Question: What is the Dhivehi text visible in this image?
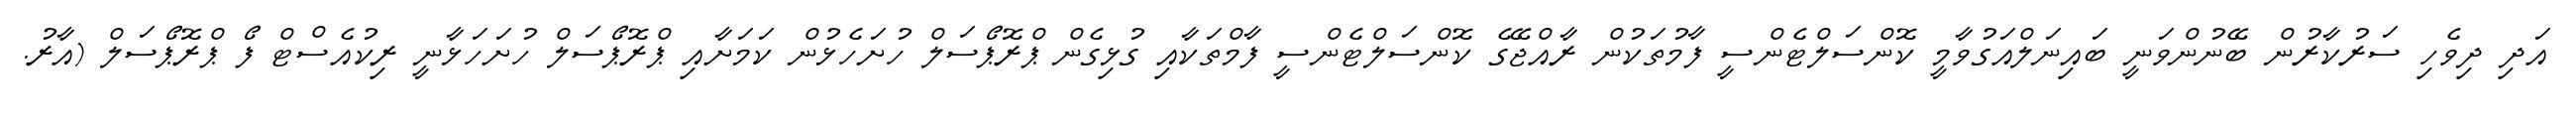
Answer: އަދި ދިވެހި ސަރުކާރުން ބޭނުންވަނީ ބައިނަލްއަގުވާމީ ކޮންސަލްޓެންސީ ފާމުތަކުން ރާއްޖޭގެ ކޮންސަލްޓެންސީ ފާމްތަކާއި ގުޅިގެން ޕްރޮޕޯސަލް ހުށަހެޅުން ކަމަށާއި ޕްރޮޕޯސަލް ހުށަހަޅާނީ ރިކުއެސްޓް ފޯ ޕްރޮޕޯސަލް (އާރު.